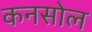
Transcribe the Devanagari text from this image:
कनसोल